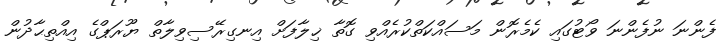
ފެންނަ ނުފެންނަ ވޯޓުގައި ކެމެރޮން މަސައްކަތްކުރެއްވި ގޮތާ ޚިލާފަށް އިނގިރޭސިވިލާތް ޔޫރަޕްގެ އިއްތިޙާދުން